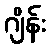
ဂျိန်း